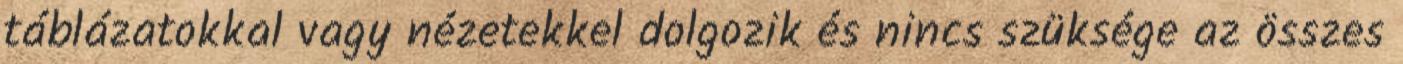
táblázatokkal vagy nézetekkel dolgozik és nincs szüksége az összes